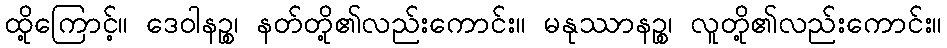
ထို့ကြောင့်။ ဒေဝါနဉ္စ၊ နတ်တို့၏လည်းကောင်း။ မနုဿာနဉ္စ၊ လူတို့၏လည်းကောင်း။